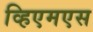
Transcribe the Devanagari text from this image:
व्हिएमएस